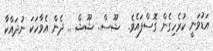
އަޑުވަނީ ކުރެހިގެން ގޮސްފައެވެ.  ޝޫސް.. ޝޫޝް .. ދެން އެވާހަކަ ނުދައްކާ